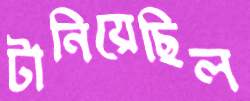
টানিয়েছিল